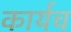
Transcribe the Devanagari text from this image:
कार्यच